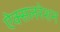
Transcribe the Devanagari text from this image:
ऐक्सलरेशन